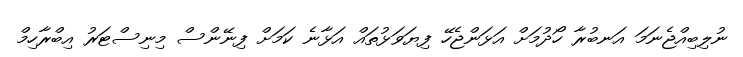
ނުލިބިއްޖެނަމަ އަނބުރާ ހޯދުމަށް އަޅަންޖެހޭ ފިޔަވަޅުތައް އަޅާނެ ކަމަށް ފިނޭންސް މިނިސްޓަރު އިބްރާހިމް